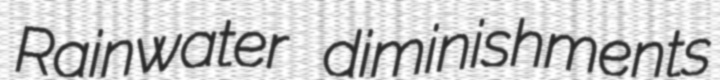
Rainwater diminishments